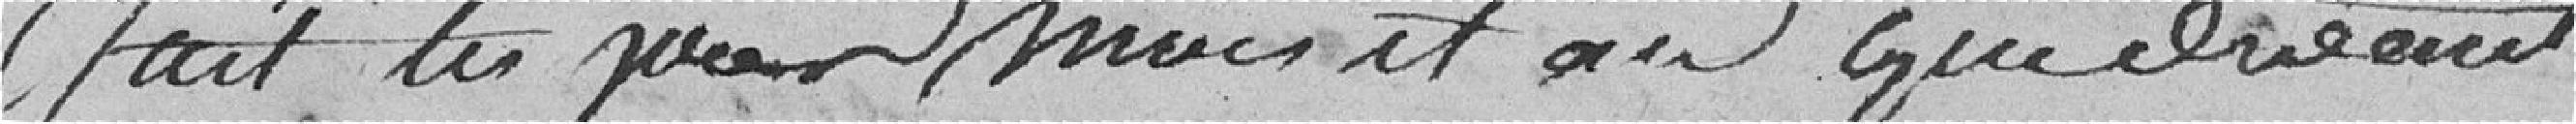
fait les jours mois et an que devant .